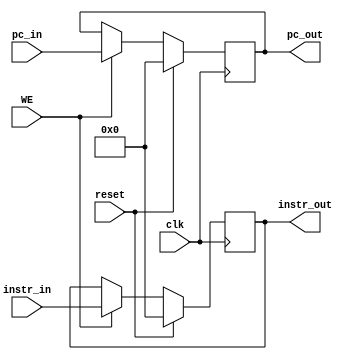
`timescale 1ns / 1ps

module D_REG(
    input clk,
    input reset,
    input WE,
    input [31:0] instr_in,
    input [31:0] pc_in,
    output [31:0] instr_out,
    output [31:0] pc_out
    );
    
    reg [31:0] instr;
    reg [31:0] pc;
    
    assign instr_out = instr;
    assign pc_out = pc;
    
    always @(posedge clk) begin
        if(reset) begin
            instr <= 0;
            pc <= 0;
        end
        else if(WE) begin
            instr <= instr_in;
            pc <= pc_in;
        end
    end

endmodule